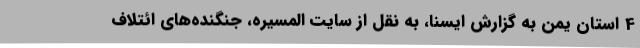
4 استان یمن به گزارش ایسنا، به نقل از سایت المسیره، جنگنده‌های ائتلاف